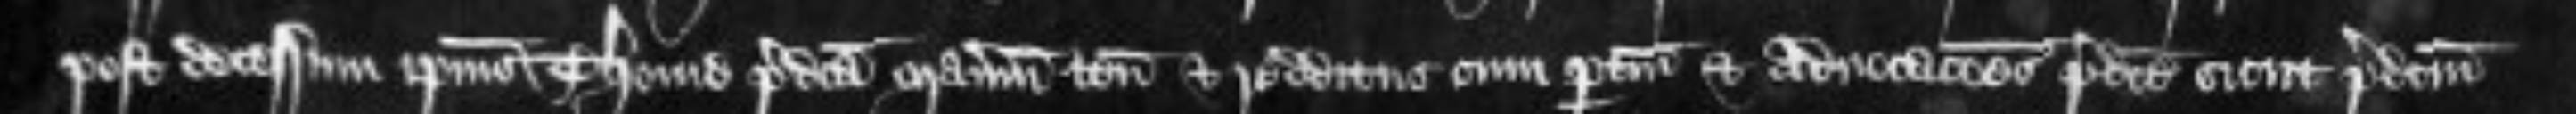
post decessum ipsius Thome predicta manerium tenementa et redditus cum pertinenciis et advocationes predicte sicut predictum